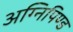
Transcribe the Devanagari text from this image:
अग्निपिण्ड